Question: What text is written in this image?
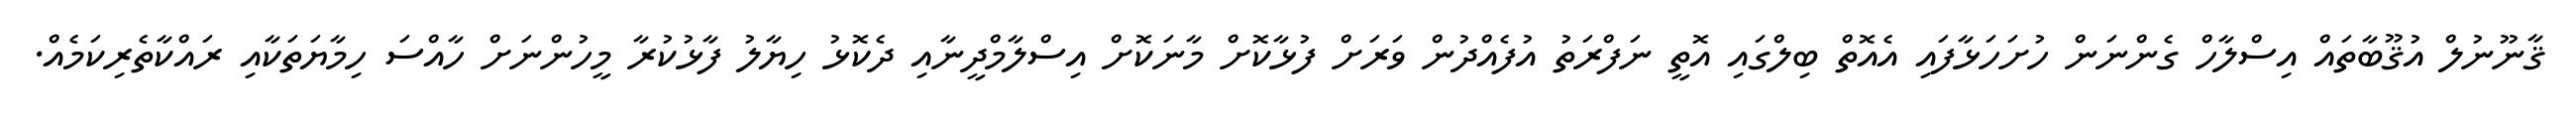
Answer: ޤާނޫނުލް އުޤޫބާތައް އިސްލާހް ގެންނަން ހުށަހަޅާފައި އެއޮތް ބިލްގައި އޮތީ ނަފްރަތު އުފެއްދުން ވަރަށް ފުޅާކޮށް މާނަކޮށް އިސްލާމްދީނާއި ދެކޮޅު ހިޔާލު ފާޅުކުރާ މީހުންނަށް ހާއްސަ ހިމާޔަތަކާއި ރައްކާތެރިކަމެއް.